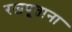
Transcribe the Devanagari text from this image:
रजपूताना